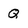
Character: Q